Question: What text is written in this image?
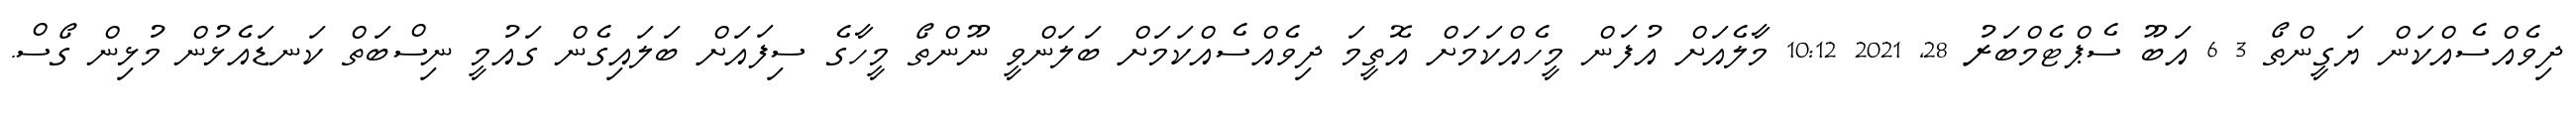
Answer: ދިވެއްސެއްކަން ޔަގީންތޯ 3 6 އަބޫ ސެޕްޓެމްބަރު 28, 2021 10:12 މާލެއަށް އުފަން މީހެއްކަމަށް އޮތީމަ ދިވެއްސެއްކަމަށް ބަލަންވީ ނޫންތޯ މީހާގެ ސިފައަށް ބަލައިގެން ގައުމީ ނިސްބަތް ކަނޑައެޅުން މުޅިން ގޯސް.